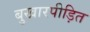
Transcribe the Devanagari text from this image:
बुखारपीड़ित